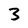
Character: 3